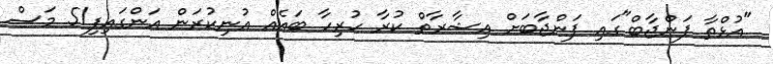
"އުޅްތާ ޕަންޖާބް"ގައި ޕަންޖާބަށް އިޝާރާތް ކުރާ ހުރިހާ ބައެއް އުނިކުރަން އަންގައިފި!5 މަސް